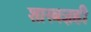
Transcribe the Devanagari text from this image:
शास्त्रज्ञही